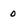
Character: 0